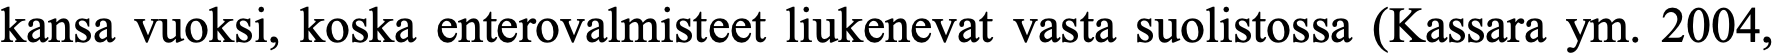
kansa vuoksi, koska enterovalmisteet liukenevat vasta suolistossa (Kassara ym. 2004,